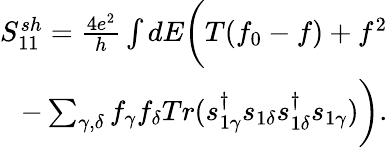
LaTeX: \begin{array}{r}{{S_{11}^{sh}=\frac{4e^{2}}{h}\int dE\bigg(T(f_{0}-f)+f^{2}}}\\ {{-\sum_{\gamma,\delta}f_{\gamma}f_{\delta}Tr(s_{1\gamma}^{\dagger}s_{1\delta}s_{1\delta}^{\dagger}s_{1\gamma})\bigg)}.}\end{array}